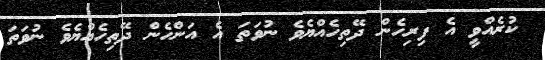
ކުރެއްވީ އެ ފިރިހެން ދޭތިހެއްޔެވެ ނުވަތަ އެ އަންހެން ދޭތިހެއްޔެވެ ނުވަތަ